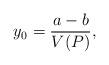
LaTeX: \begin{align*}y_0= \frac{a-b}{V(P)},\end{align*}